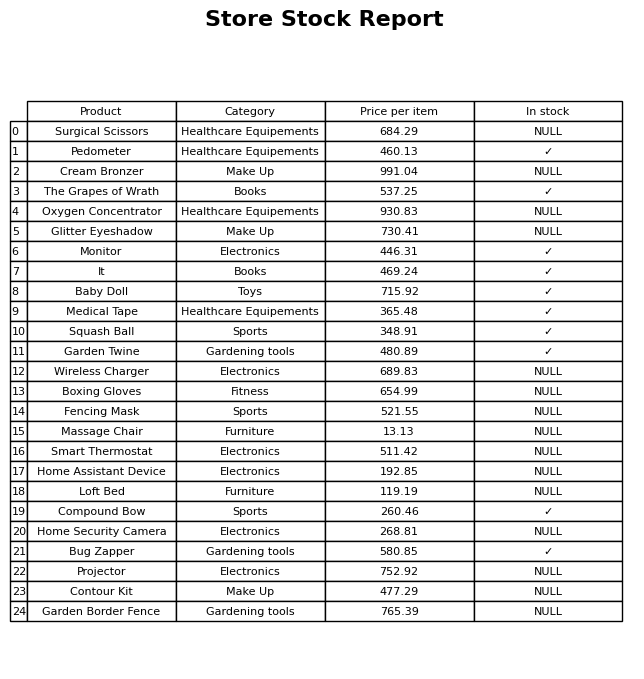
question: What is the price for Contour Kit?
answer: The price of Contour Kit is 477.29.